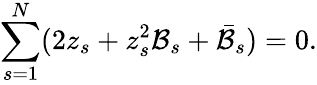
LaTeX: \sum_{s=1}^{N}(2z_{s}+z_{s}^{2}\mathcal{B}_{s}+\bar{{\mathcal{B}}}_{s})=0.